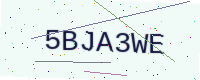
Text: 5BJA3WE